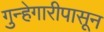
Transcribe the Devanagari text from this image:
गुन्हेगारीपासून